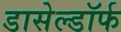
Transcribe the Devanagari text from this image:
डासेल्डॉर्फ